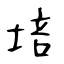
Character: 培